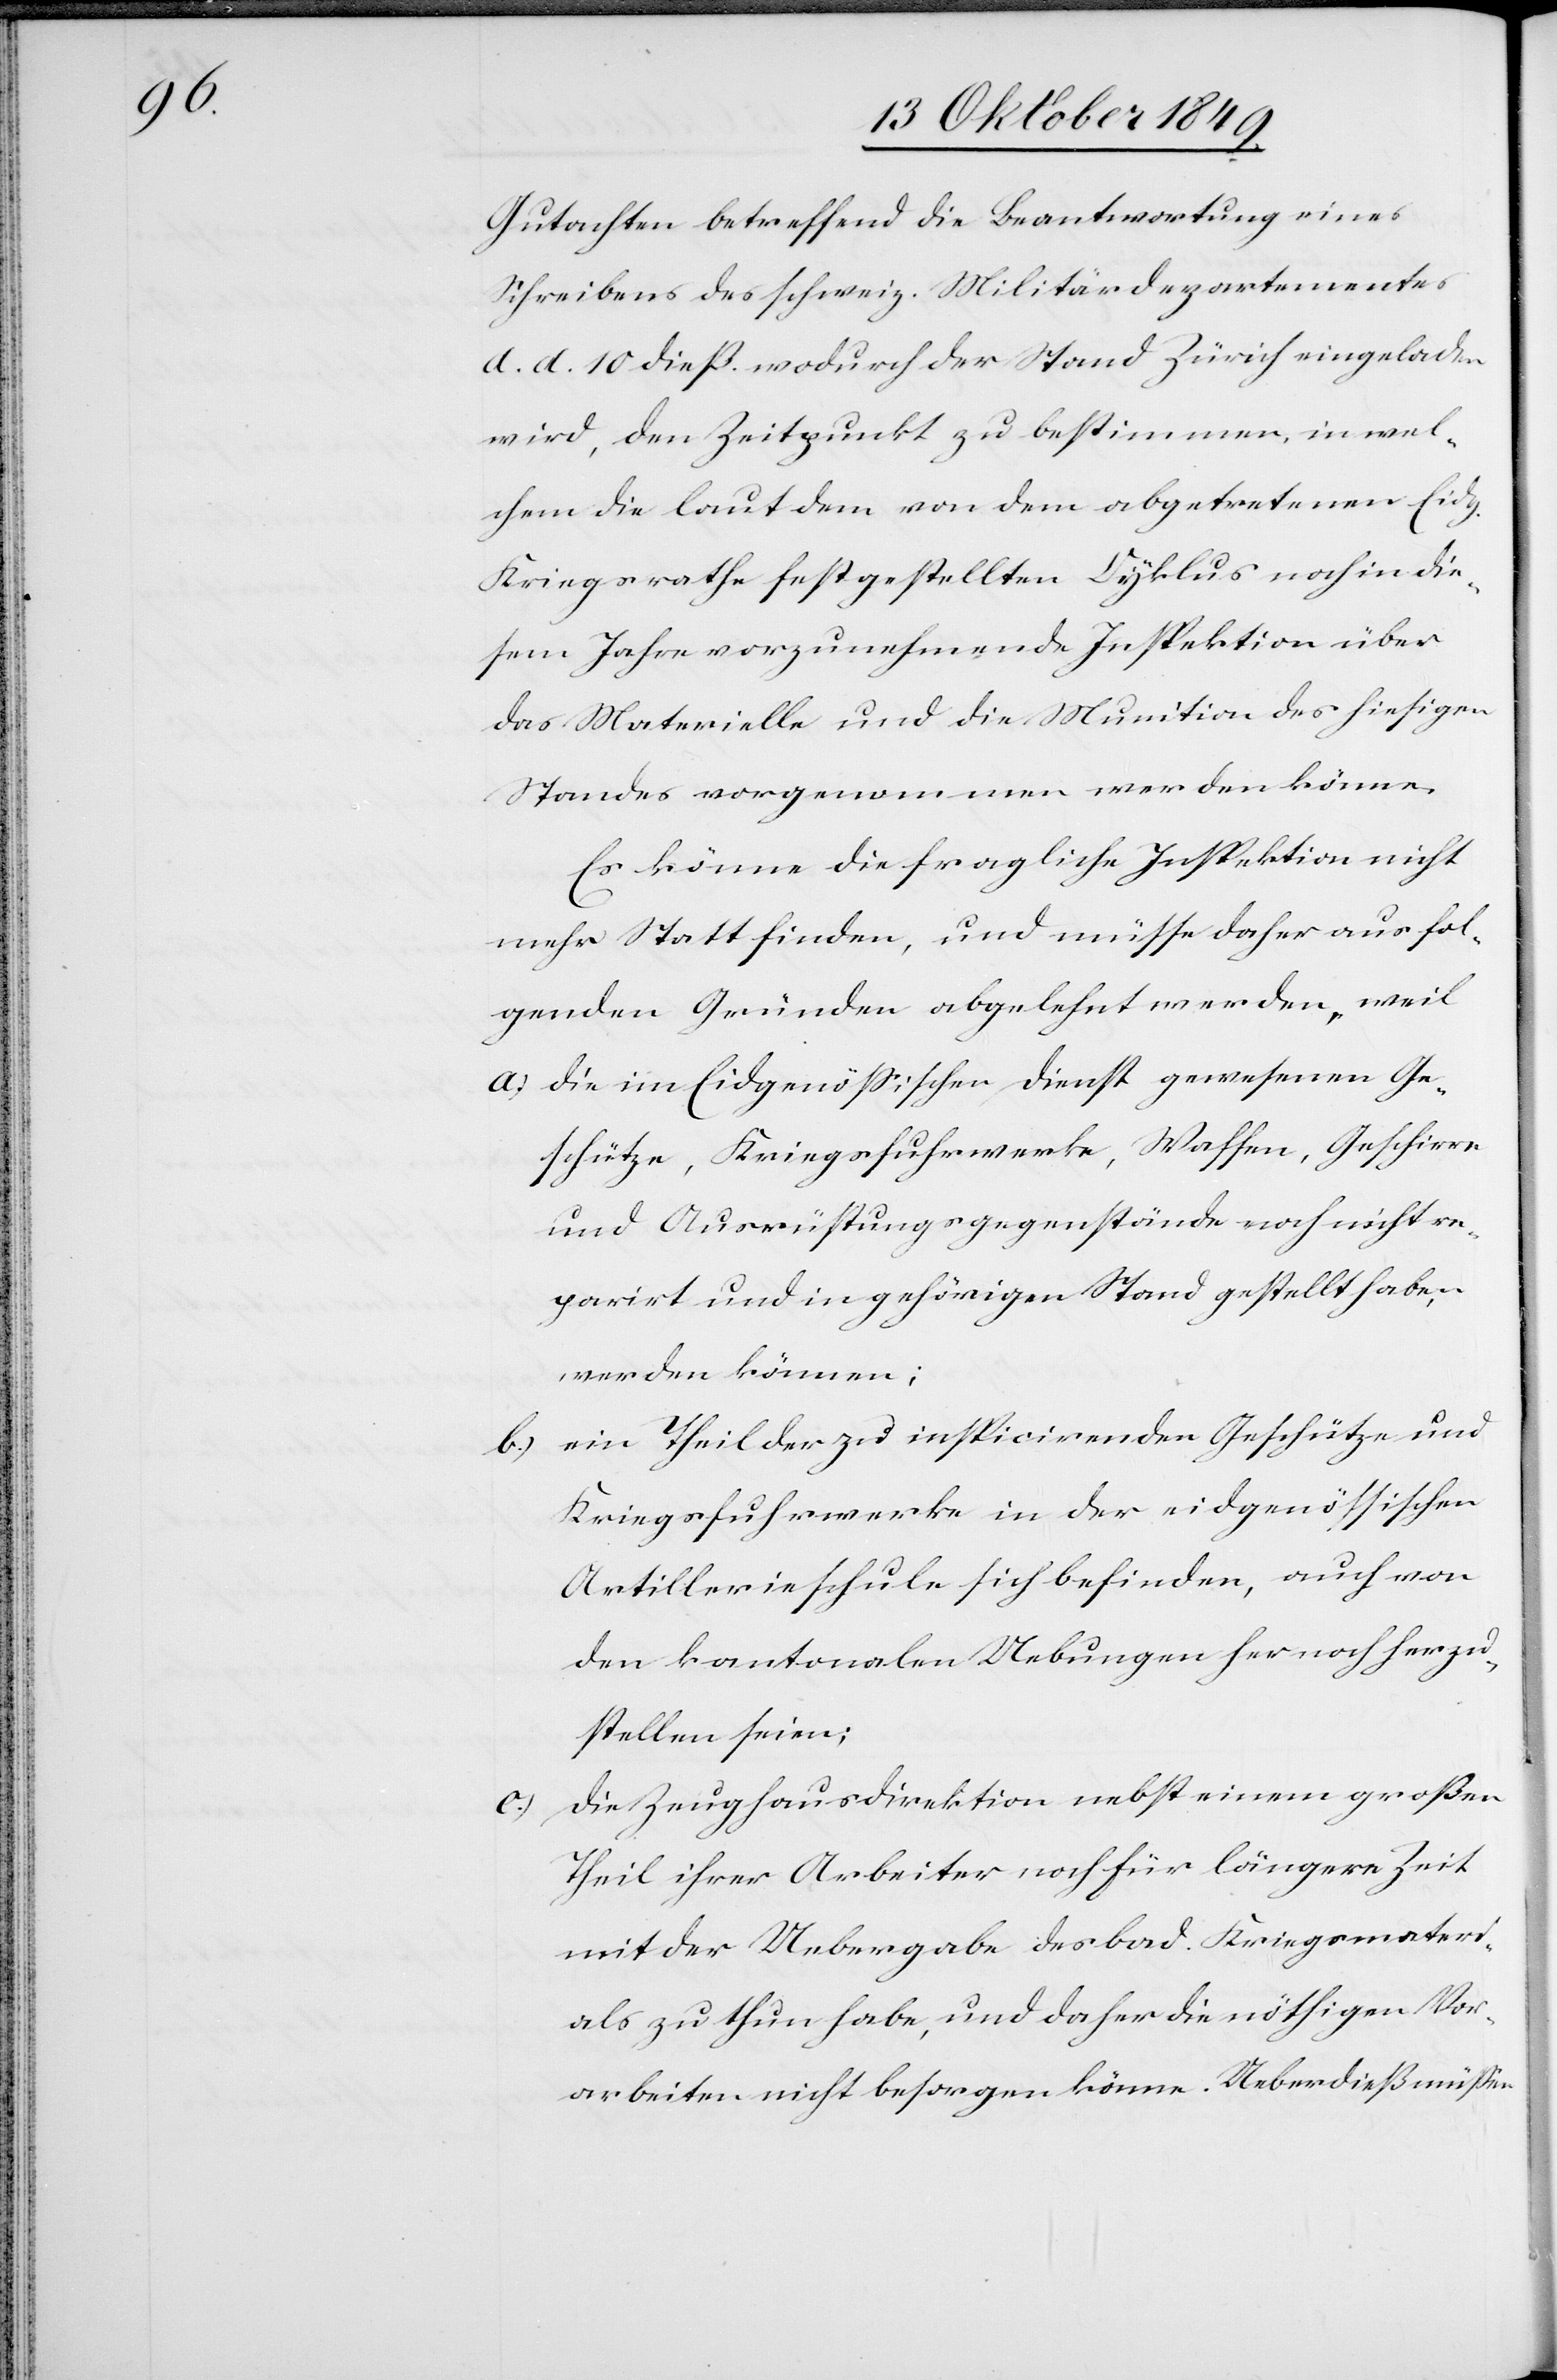
Gutachten betreffend die Beantwortung eines
Schreibens des schweiz. Militärdepartementes
d. d. 10 dieß. wodurch der Stand Zürich eingeladen
wird, den Zeitpunkt zu bestimmen, in wel¬
chem die laut dem von dem abgetretenen Eidg.
Kriegsrathe festgestellten Cyklus noch in die¬
sem Jahre vorzunehmende Inspektion über
das Materielle und die Munition des hiesigen
Standes vorgenommen werden könne.
Es könne die fragliche Inspektion nicht
mehr Statt finden, und müsse daher aus fol¬
genden Gründen abgelehnt werden, weil
a) die im Eidgenößischen Dienst gewesenen Ge¬
schütze, Kriegsfuhrwerke, Waffen, Geschirre
und Ausrüstungsgegenstände noch nicht re¬
parirt und in gehörigen Stand gestellt haben
werden können;
b) ein Theil der zu inspicirenden Geschütze und
Kriegsfuhrwerke in der eidgenößischen
Artillerieschule sich befinden, auch von
den kantonalen Uebungen her noch herzu¬
stellen seien;
die Zeughausdirektion nebst einem großen
Theil ihrer Arbeiter noch für längere Zeit
mit der Uebergabe des bad. Kriegsmateri¬
als zu thun habe, und daher die nöthigen Vor¬
arbeiten nicht besorgen könne. Ueberdieß müßen